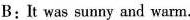
B. It was sunny and warm.